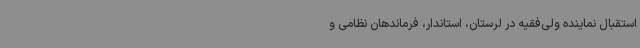
استقبال نماینده‌ ولی‌فقیه‌ در لرستان، استاندار، فرماندهان نظامی و